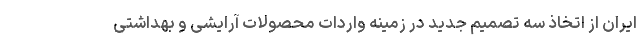
ایران از اتخاذ سه تصمیم جدید در زمینه واردات محصولات آرایشی و بهداشتی